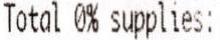
TOTAL 0% SUPPLIES: